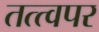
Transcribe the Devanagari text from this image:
तत्त्वपर